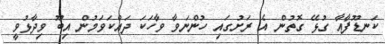
ކަނޑޫފާއާ ގުޅޭ ގޮތުން އެ ރަށުގައި ހުންނަވާ ވާހަކަ ދައްކަވަމުން އިބޫ ވިދާޅުވީ